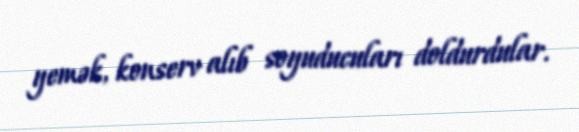
yemək, konserv alıb soyuducuları doldurdular.